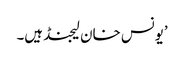
’یونس خان لیجنڈ ہیں۔